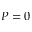
P = 0